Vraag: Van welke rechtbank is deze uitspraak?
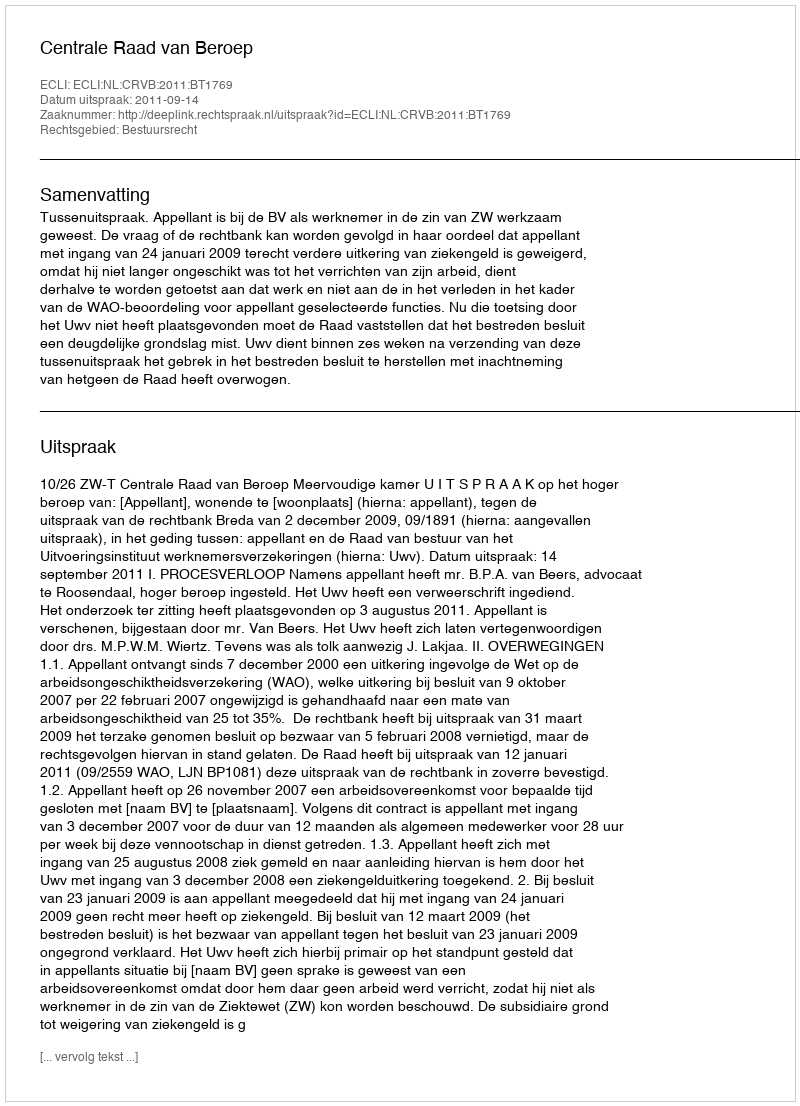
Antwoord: Centrale Raad van Beroep